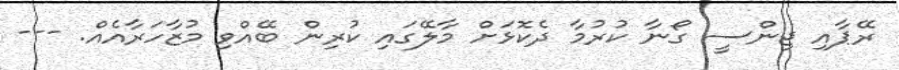
ރޭޕާއި ޖިންސީ ގޯނާ ކުރުމާ ދެކޮޅަށް މާލޭގައި ކުރިން ބޭއްވި މުޒާހަރާއެއް. ---